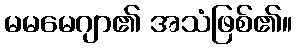
မမမေဂျာ၏ အသံဖြစ်၏။